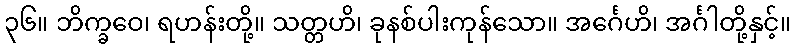
၃၆။ ဘိက္ခဝေ၊ ရဟန်းတို့။ သတ္တဟိ၊ ခုနစ်ပါးကုန်သော။ အင်္ဂေဟိ၊ အင်္ဂါတို့နှင့်။